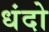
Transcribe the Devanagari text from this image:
धंदो